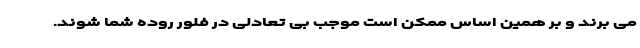
می برند و بر همین اساس ممکن است موجب بی تعادلی در فلور روده شما شوند.